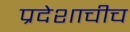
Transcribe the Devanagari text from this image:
प्रदेशाचीच